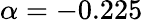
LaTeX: \alpha=-0.225